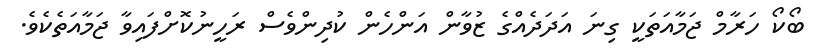
ބޯކޯ ހަރާމް ޖަމާއަތަކީ ގިނަ އަދަދެއްގެ ޒުވާން އަންހެން ކުދިންވެސް ރަހީނުކޮށްފައިވާ ޖަމާއަތެކެވެ.